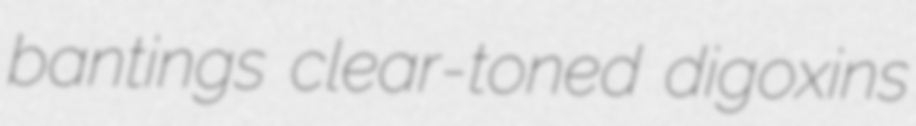
bantings clear-toned digoxins